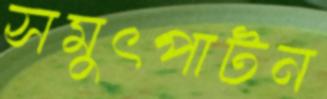
সমুৎপাটন